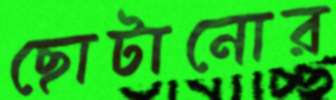
ছোটানোর